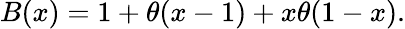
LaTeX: B(x)=1+\theta(x-1)+x\theta(1-x).